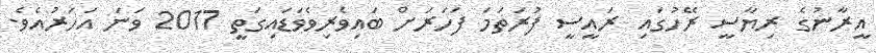
އީރާނުގެ ރިޔާސީ ރޭހުގައި ރައީސީ ފުރަތަމަ ފަހަރަށް ބައިވެރިވެވަޑައިގަތީ 2017 ވަނަ އަހަރުއެވެ.